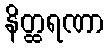
နိတ္ထရဏာ